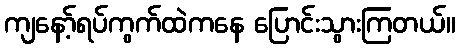
ကျနော့်ရပ်ကွက်ထဲကနေ ပြောင်းသွားကြတယ်။